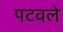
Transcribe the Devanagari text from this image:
पटवले